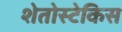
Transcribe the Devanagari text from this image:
शेतोस्टेकिस